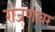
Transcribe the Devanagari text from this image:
रांजणावर